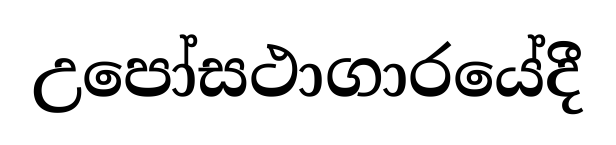
උපෝසථාගාරයේදී